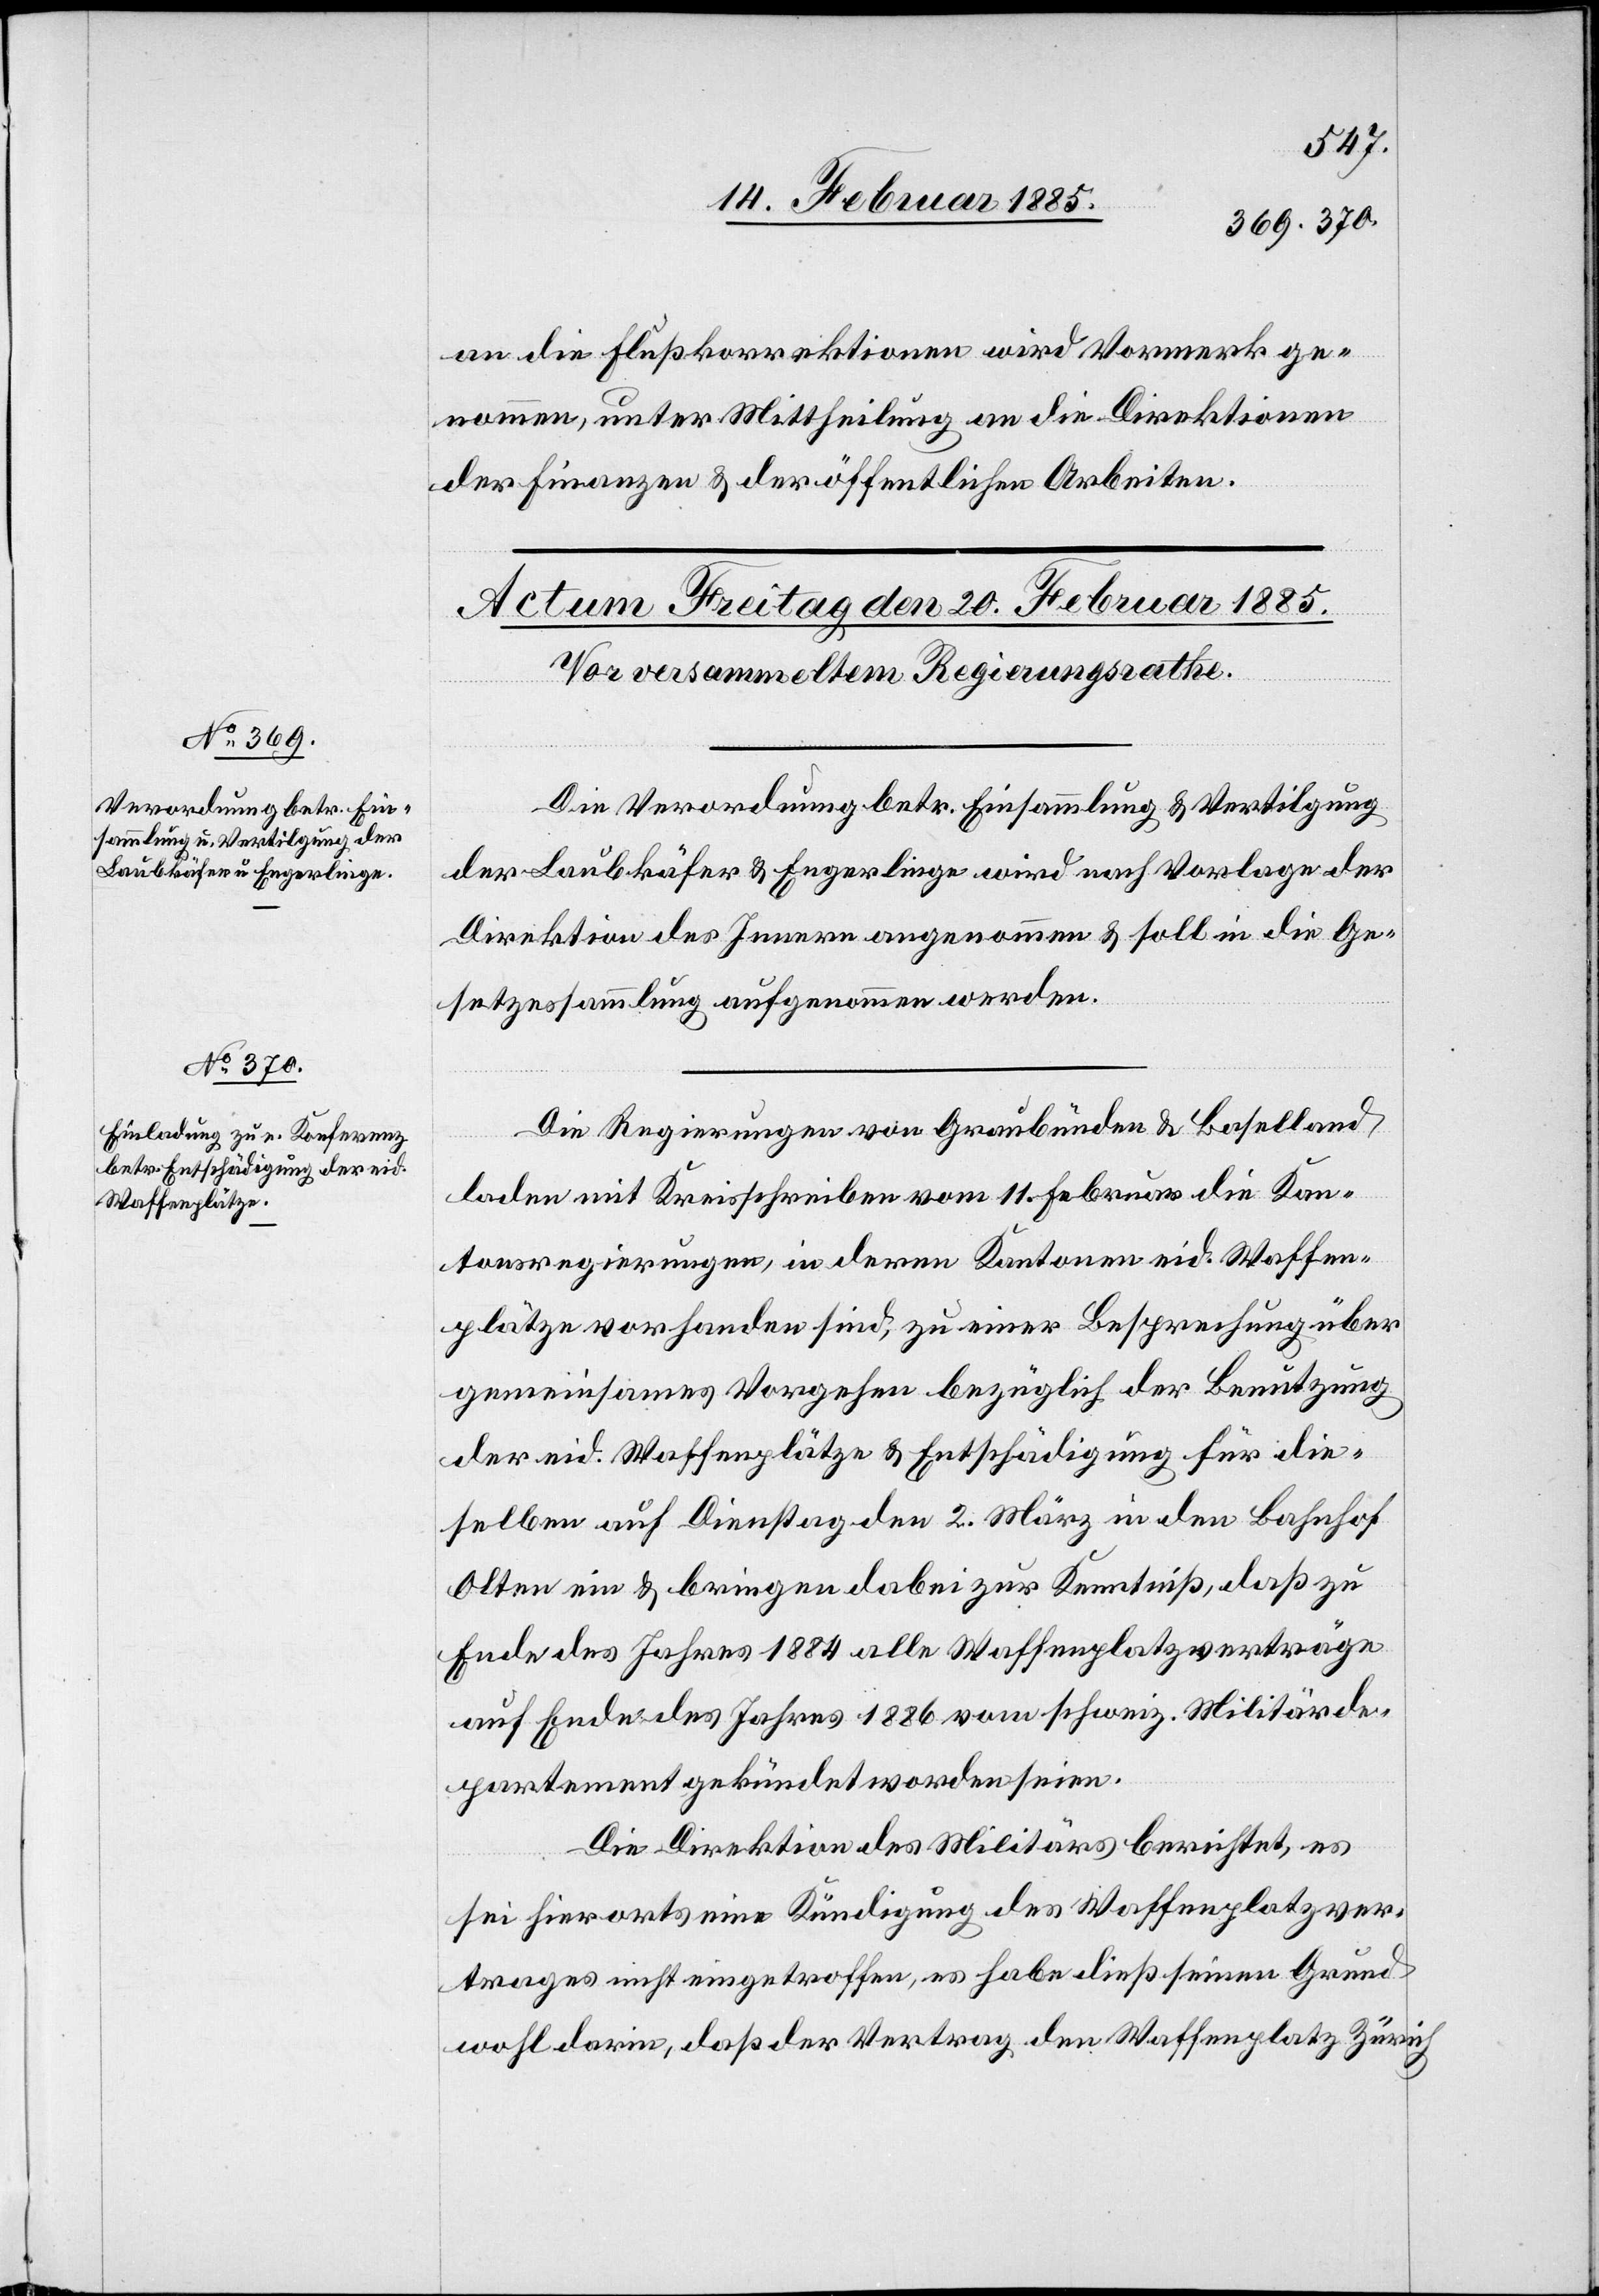
an die Flußkorrektionen wird Vormerk ge¬
nommen, unter Mittheilung an die Direktion
der Finanzen & der öffentlichen Arbeiten.
Die Verordnung betr. Einsammlung & Vertilgung
der Laubkäfer & Engerlinge wird nach Vorlage der
Direktion des Innern angenommen & soll in die Ge¬
setzessammlung aufgenommen werden.
Die Regierungen von Graubünden & Baselland
laden mit Kreisschreiben vom 11. Februar die Kan¬
tonsregierungen, in deren Kantonen eid. Waffen¬
plätze vorhanden sind, zu einer Besprechung über
gemeinsames Vorgehen bezüglich der Benutzung
der eid. Waffenplätze & Entschädigung für die¬
selben auf Dienstag den 2. März in den Bahnhof
Olten ein & bringen dabei zur Kenntniß, das zu
Ende des Jahres 1884 alle Waffenplatzverträge
auf Ende des Jahres 1886 vom schweiz. Militärde¬
partement gekündet worden seien.
Die Direktion des Militärs berichtet, es
sei hierorts eine Kündigung des Waffenplatzver¬
trages nicht eingetroffen, es habe dieß seinen Grund
wohl darin, daß der Vertrag den Waffenplatz Zürich